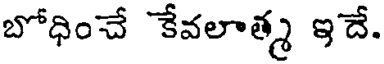
బోధించే కేవలాత్మ ఇదే.